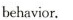
behavior.